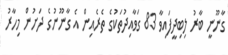
ގާނޫނީ ބާރު ލިބިދީފައިވާ 83 ގަވާއިދުތަކުގެ ތެރެއިން އެ ގާނޫނުގެ ދަށުން މިހާރު